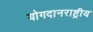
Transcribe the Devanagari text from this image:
योगदानराष्ट्रीय